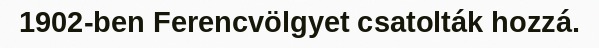
1902-ben Ferencvölgyet csatolták hozzá.